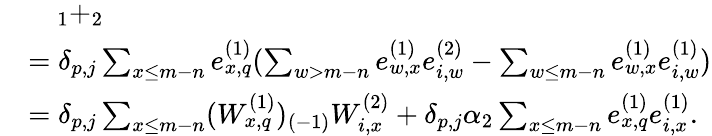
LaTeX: \begin{array}{rl}&{\quad_{1}+_{2}}\\ &{=\delta_{p,j}\sum_{x\leq m-n}e_{x,q}^{(1)}(\sum_{w>m-n}e_{w,x}^{(1)}e_{i,w}^{(2)}-\sum_{w\leq m-n}e_{w,x}^{(1)}e_{i,w}^{(1)})}\\ &{=\delta_{p,j}\sum_{x\leq m-n}(W_{x,q}^{(1)})_{(-1)}W_{i,x}^{(2)}+\delta_{p,j}\alpha_{2}\sum_{x\leq m-n}e_{x,q}^{(1)}e_{i,x}^{(1)}.}\end{array}